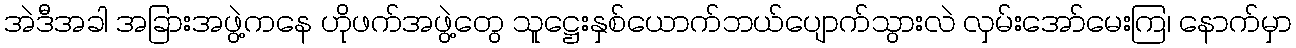
အဲဒီအခါ အခြားအဖွဲ့ကနေ ဟိုဖက်အဖွဲ့တွေ သူဋ္ဌေးနှစ်ယောက်ဘယ်ပျောက်သွားလဲ လှမ်းအော်မေးကြ၊ နောက်မှာ